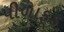
પીળાફૂડ